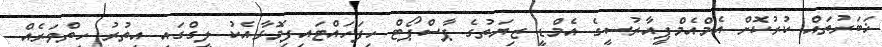
ޚަބަރުތައް ކުރުކޮށް އެމްއެމްޕީއާރުސީގެ އެމްޑީ ޒިޔަތުގެ ޕާސްޕޯޓް ހިފަހައްޓައިފިމޮޅާއެކު ލީގްގައި އިތުރު ހިތްވަރެއް